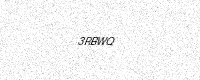
Text: 3RBWQ